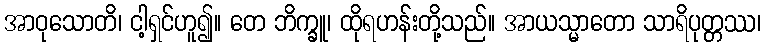
အာဝုသောတိ၊ ငါ့ရှင်ဟူ၍။ တေ ဘိက္ခူ၊ ထိုရဟန်းတို့သည်။ အာယသ္မာတော သာရိပုတ္တဿ၊